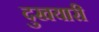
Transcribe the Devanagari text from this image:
दुखयारी